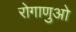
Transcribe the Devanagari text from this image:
रोगाणुओ